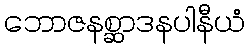
ဘောဇနစ္ဆာဒနပါနီယံ